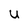
Character: U